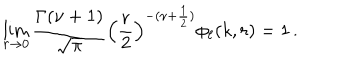
\lim _ { r \to 0 } \frac { \Gamma ( \nu + 1 ) } { \sqrt { \pi } } \left( \frac { r } { 2 } \right) ^ { - ( \nu + \frac { 1 } { 2 } ) } \phi _ { \ell } ( k , r ) = 1 \, .